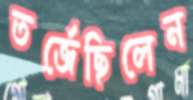
তর্জেছিলেন